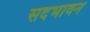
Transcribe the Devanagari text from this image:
सदभावन